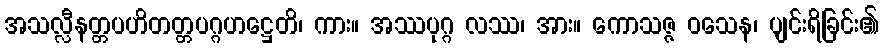
အသလ္လီနတ္တပဟိတတ္တပဂ္ဂဟဋ္ဌေတိ၊ ကား။ အဿပုဂ္ဂ လဿ၊ အား။ ကောသဇ္ဇ ဝသေန၊ ပျင်းရိခြင်း၏